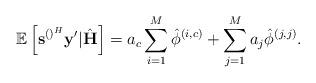
LaTeX: \begin{align*} \mathbb{E}\left[\mathbf{s}^{\left(\right)^H}\mathbf{y}'|\hat{\mathbf{H}}\right]=a_c\sum_{i=1}^M\hat{\phi}^{\left(i,c\right)}+\sum_{j=1}^{M}a_j\hat{\phi}^{\left(j,j\right)}.\end{align*}